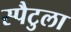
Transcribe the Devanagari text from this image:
स्पैटुला